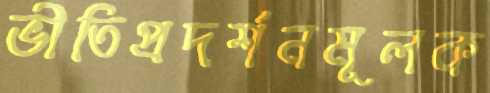
ভীতিপ্রদর্শনমূলক